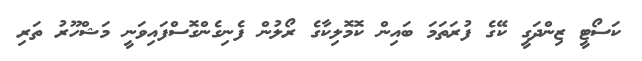
ކަސޯޓީ ޒިންދަގީ ކޭގެ ފުރަތަމަ ބައިން ކޮޮމޮލިކާގެ ރޯލުން ފެނިގެންގޮސްފައިވަނީ މަޝްހޫރު ތަރި